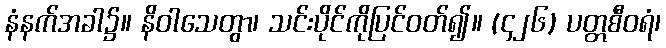
နံနက်အခါ၌။ နိဝါသေတွာ၊ သင်းပိုင်ကိုပြင်ဝတ်၍။ (၄၂၆) ပတ္တစီဝရံ၊